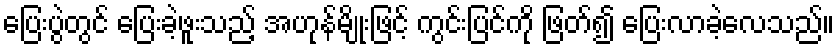
ပြေးပွဲတွင် ပြေးခဲ့ဖူးသည့် အဟုန်မျိုးဖြင့် ကွင်းပြင်ကို ဖြတ်၍ ပြေးလာခဲ့လေသည်။